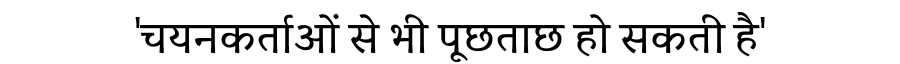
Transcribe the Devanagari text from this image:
'चयनकर्ताओं से भी पूछताछ हो सकती है'